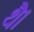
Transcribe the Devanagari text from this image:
थेै।